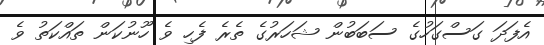
އެފަދަ ގަސްގަހުގެ ސަބަބުން ޝަހަރުގެ ތެރެ ފެހި ވެ ހޫނުކަން ތައްކަތު ވެ